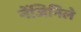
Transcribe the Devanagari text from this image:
नेंजिनिले